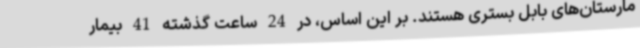
مارستان‌های بابل بستری هستند. بر این اساس، در 24 ساعت گذشته 41 بیمار